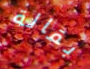
بقالة